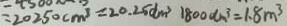
= 2 0 2 5 0 c m ^ { 3 } = 2 0 . 2 5 d m ^ { 3 } 1 8 0 0 d m ^ { 3 } = 1 . 8 m ^ { 3 }